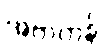
အဲဗာတန်